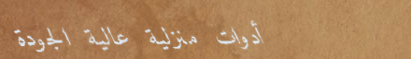
أدوات منزلية عالية الجودة